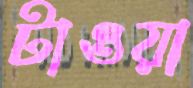
টাওয়া